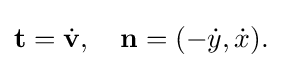
\displaystyle {\mathbf {t} ={\dot {\mathbf {v} }},\,\,\,\,\,\,\mathbf {n} =(-{\dot {y}},{\dot {x}}).}